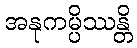
အနုကမ္ပိဿန္တိ